Scottish Certificate of Education, 1962
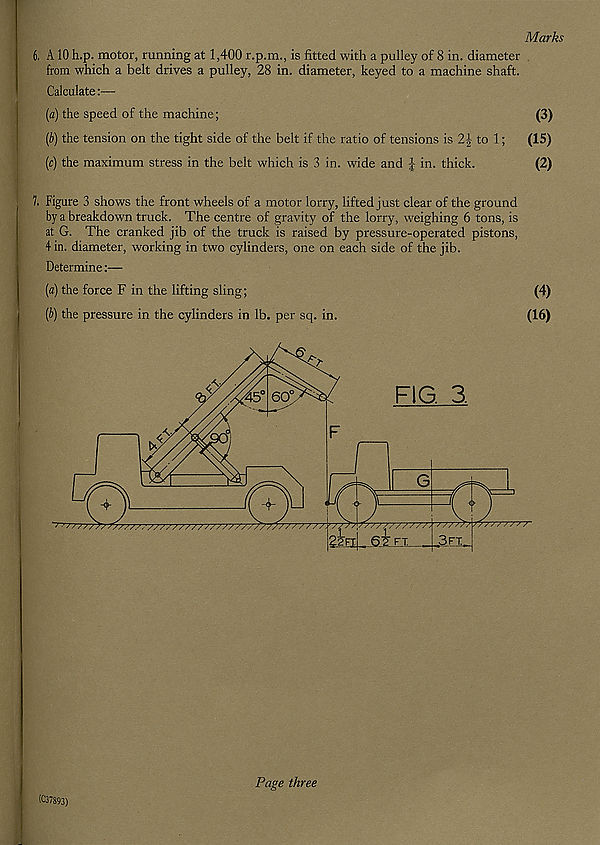
Marks
6. A 10 h.p. motor, running at 1,400 r.p.m., is fitted with a pulley of 8 in. diameter
from which a belt drives a pulley, 28 in. diameter, keyed to a machine shaft.
Calculate:—
[а] the speed of the machine;
(3)
(б) the tension on the tight side of the belt if the ratio of tensions is 2-b to 1;
(15)
(c) the maximum stress in the belt which is 3 in. wide and £ in. thick.
(2)
7. Figure 3 shows the front wheels of a motor lorry, lifted just clear of the ground
by a breakdown truck. The centre of gravity of the lorry, weighing 6 tons, is
at G. The cranked jib of the truck is raised by pressure-operated pistons,
4 in. diameter, working in two cylinders, one on each side of the jib.
Determine:—
(a) the force F in the lifting sling;
(4)
(b) the pressure in the cylinders in lb. per sq. in.
(16)
(07893)
Page three